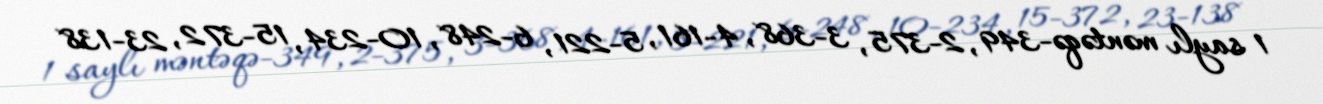
1 saylı məntəqə-349, 2-375, 3-368, 4-161, 5-221, 6-248, 10-234, 15-372, 23-138